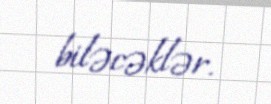
biləcəklər.